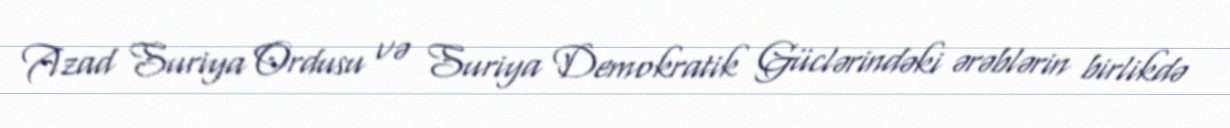
Azad Suriya Ordusu və Suriya Demokratik Güclərindəki ərəblərin birlikdə